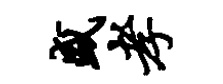
盛孝